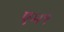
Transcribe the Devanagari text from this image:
एम९